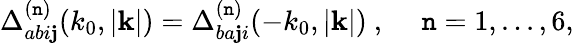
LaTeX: \Delta_{abi\mathbf{j}}^{(\mathtt{n})}(k_{0},|{\mathbf{k}}|)=\Delta_{ba\mathbf{j}i}^{(\mathtt{n})}(-k_{0},|{\mathbf{k}}|)\ ,~~~~~\mathtt{n}=1,...,6,